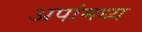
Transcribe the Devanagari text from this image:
अपांमध्य